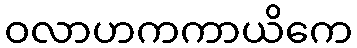
ဝလာဟကကာယိကေ